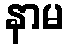
နာမ